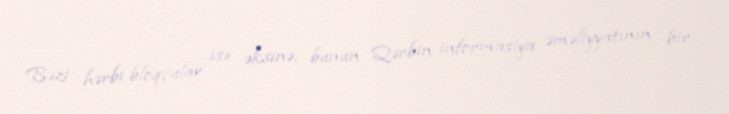
Bəzi hərbi bloqçular isə əksinə, bunun Qərbin informasiya əməliyyatının bir